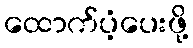
ထောက်ပံ့ပေးဖို့